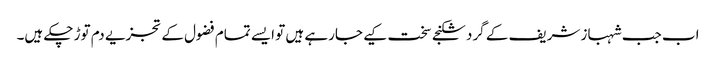
اب جب شہباز شریف کے گرد شکنجے سخت کیے جارہے ہیں تو ایسے تمام فضول کے تجزیے دم توڑ چکے ہیں۔